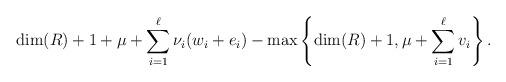
LaTeX: \begin{align*}\dim(R) + 1 + \mu + \sum^\ell_{i=1}\nu_i(w_i+e_i) - \max\left\{\dim(R)+1, \mu+\sum_{i=1}^\ell v_i \right\}. \end{align*}